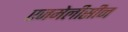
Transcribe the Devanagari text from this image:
एजमेलीसीन